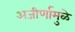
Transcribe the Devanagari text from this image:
अजीर्णामुळे